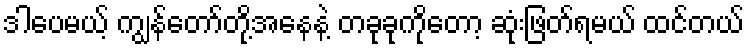
ဒါပေမယ့် ကျွန်တော်တို့အနေနဲ့ တခုခုကိုတော့ ဆုံးဖြတ်ရမယ် ထင်တယ်